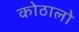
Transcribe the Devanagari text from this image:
कोठालो